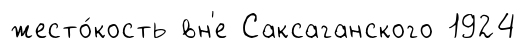
жесто́кость вн'е Саксаганского 1924